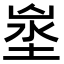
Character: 𡍑